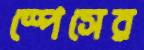
স্পেসের